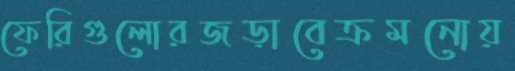
ফেরিগুলোরজড়াবেক্রমনোয়